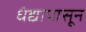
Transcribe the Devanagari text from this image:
धंद्यापासून